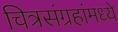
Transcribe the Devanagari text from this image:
चित्रसंग्रहांमध्ये